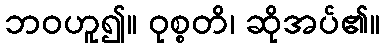
ဘဝဟူ၍။ ဝုစ္စတိ၊ ဆိုအပ်၏။